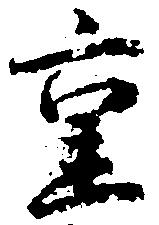
重